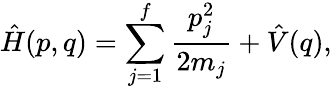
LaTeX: \hat{H}(p,q)=\sum_{j=1}^{f}\frac{p_{j}^{2}}{2m_{j}}+\hat{V}(q),